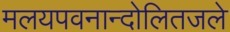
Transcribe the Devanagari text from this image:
मलयपवनान्दोलितजले